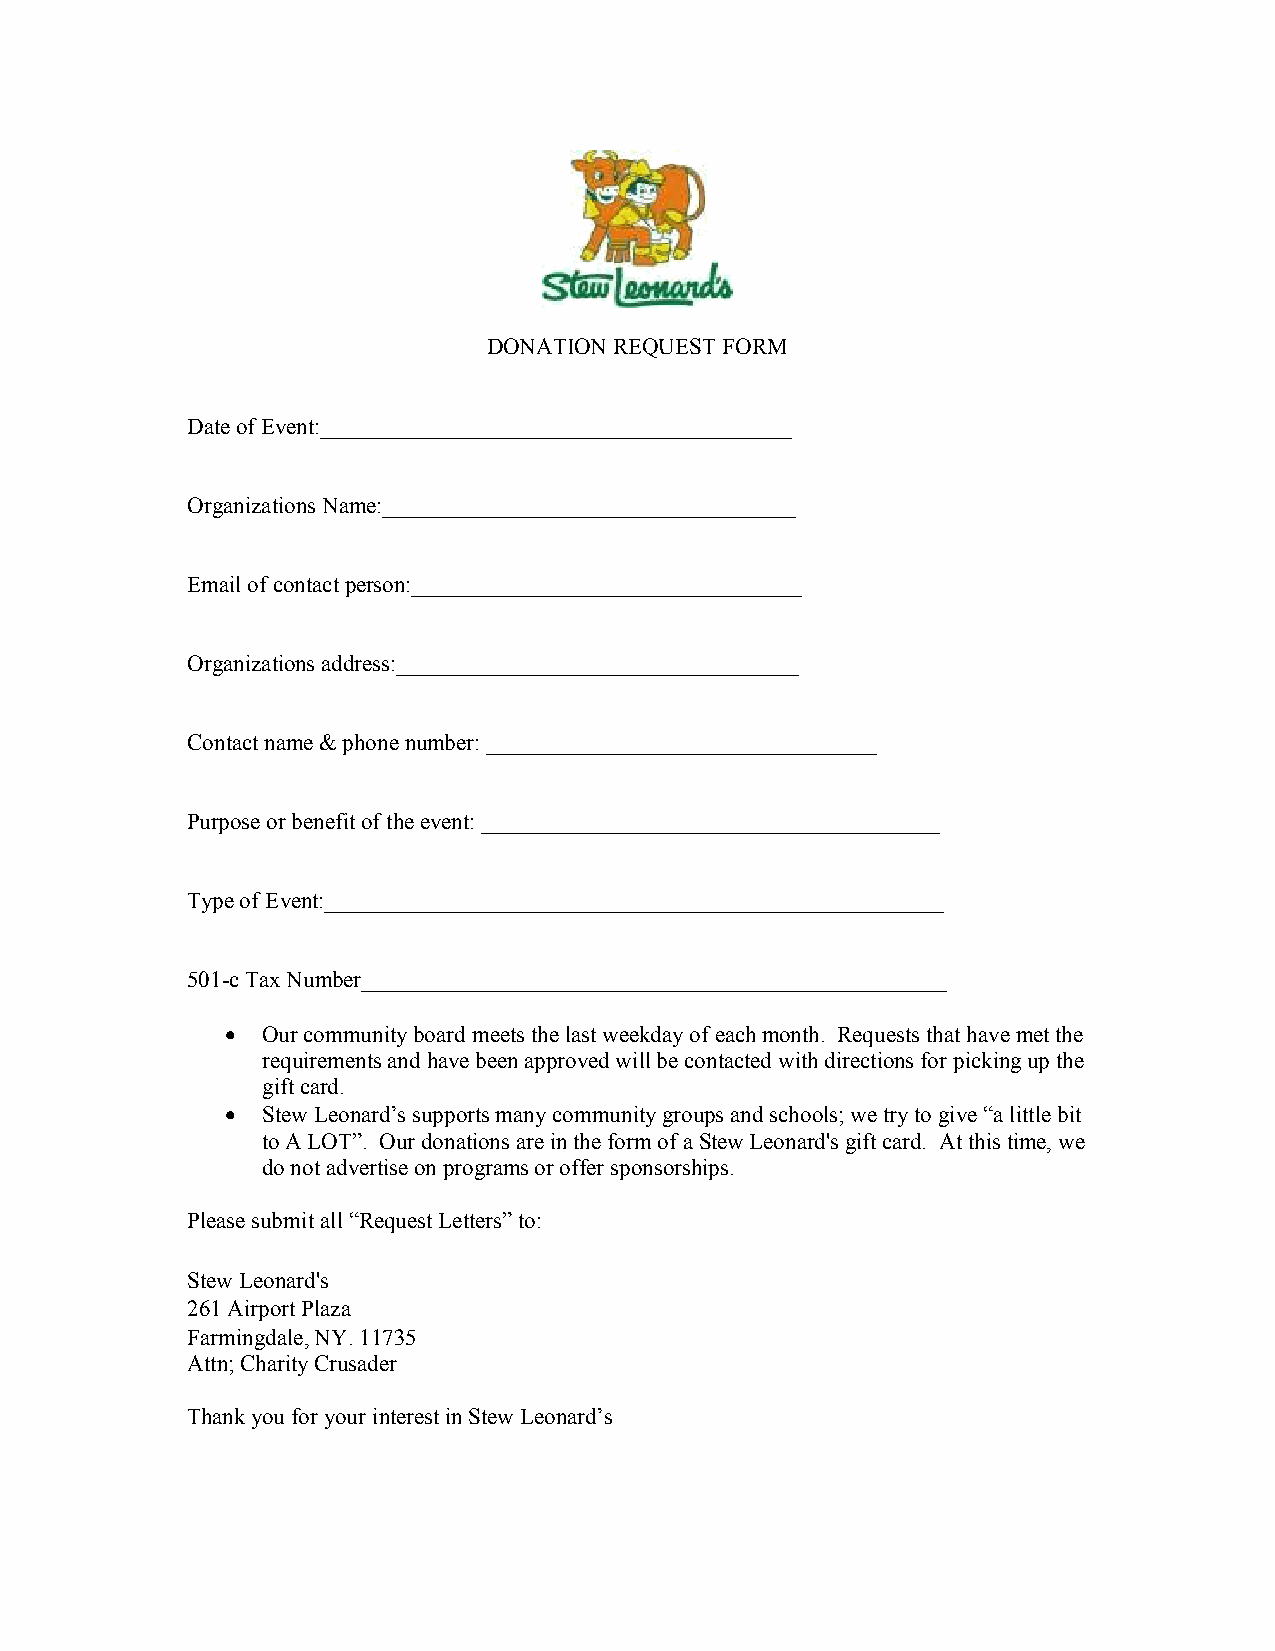
DONATION REQUEST FORM
 Date of Event:_________________________________________
 Organizations Name:____________________________________
 Email of contact person:__________________________________
 Organizations address:___________________________________
 Contact name & phone number: __________________________________
 Purpose or benefit of the event: ________________________________________
 Type of Event:______________________________________________________
 501-c Tax Number___________________________________________________
 • Our community board meets the last weekday of each month. Requests that have met the
 requirements and have been approved will be contacted with directions for picking up the
 gift card.
 • Stew Leonard’s supports many community groups and schools; we try to give “a little bit
 to A LOT”. Our donations are in the form of a Stew Leonard's gift card. At this time, we
 do not advertise on programs or offer sponsorships.
 Please submit all “Request Letters” to:
 Stew Leonard's
 261 Airport Plaza
 Farmingdale, NY. 11735
 Attn; Charity Crusader
 Thank you for your interest in Stew Leonard’s